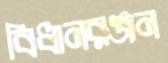
বিধানরঞ্জন